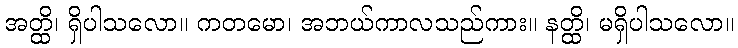
အတ္ထိ၊ ရှိပါသလော။ ကတမော၊ အဘယ်ကာလသည်ကား။ နတ္ထိ၊ မရှိပါသလော။